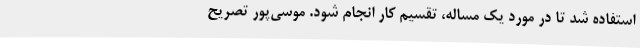
استفاده شد تا در مورد یک مساله، تقسیم کار انجام شود. موسی‌پور تصریح